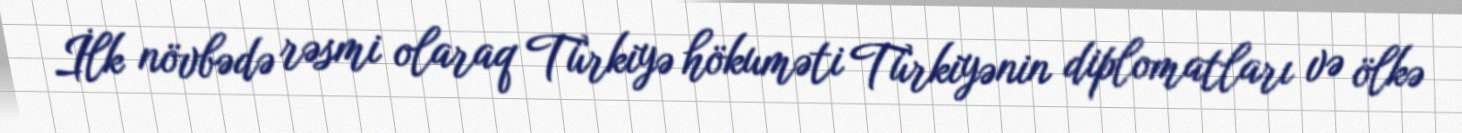
İlk növbədə rəsmi olaraq Türkiyə hökuməti Türkiyənin diplomatları və ölkə